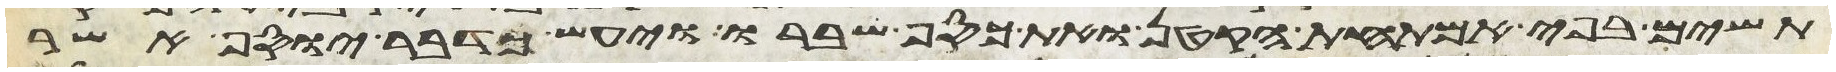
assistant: תשים בפי אמתחת הקטן ואת כסף שברו ויעש כדבר יוסף אשר